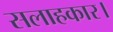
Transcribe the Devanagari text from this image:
सलाहकार।